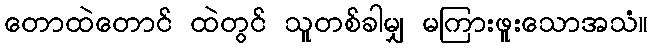
တောထဲတောင် ထဲတွင် သူတစ်ခါမျှ မကြားဖူးသောအသံ။